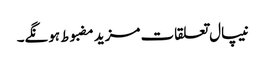
نیپال تعلقات مزید مضبوط ہونگے۔